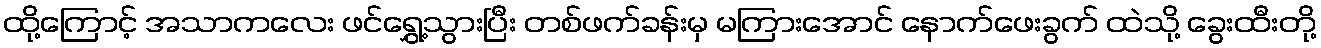
ထို့ကြောင့် အသာကလေး ဖင်ရွှေ့သွားပြီး တစ်ဖက်ခန်းမှ မကြားအောင် နောက်ဖေးခွက် ထဲသို့ ခွေးထီးတို့